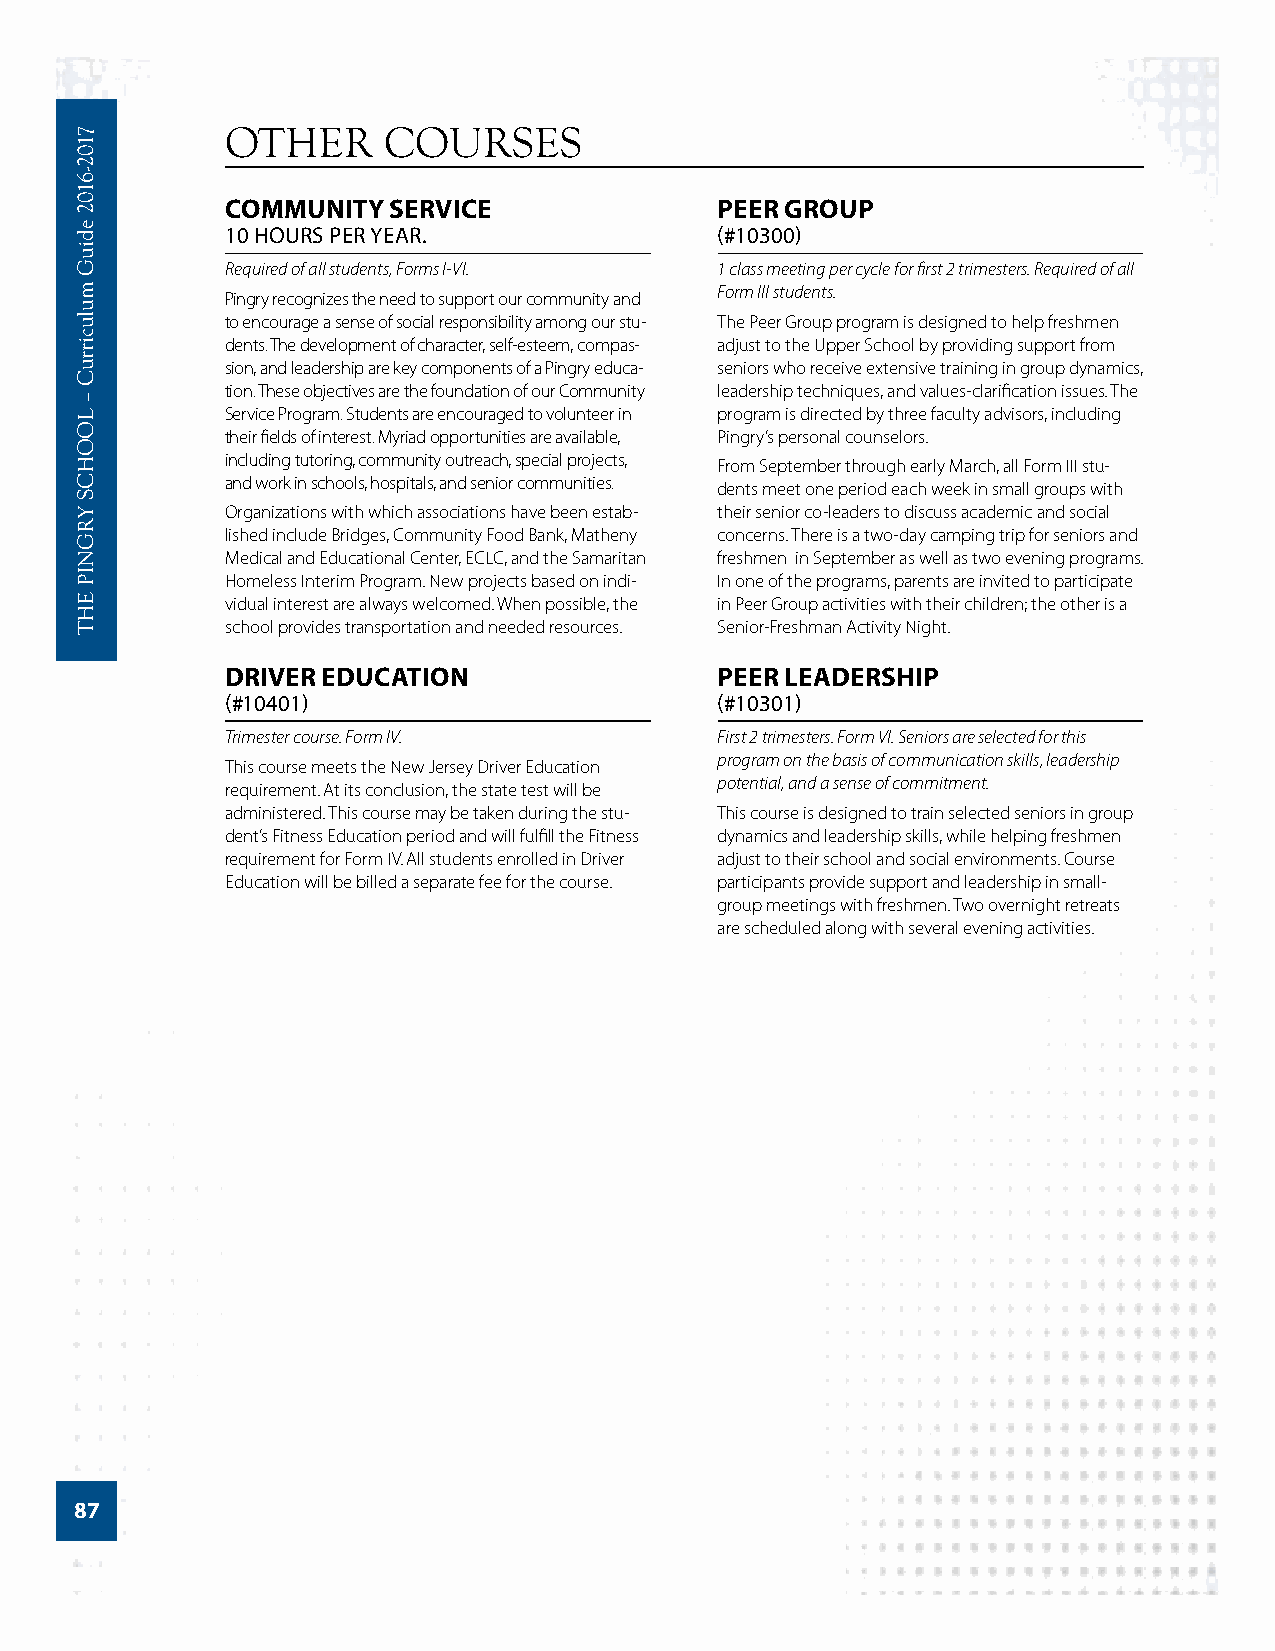
OTHER     COURSES
 COMMUNITY  SERVICE               PEER GROUP
 10 HOURS PER YEAR.              (#10300)
 Required of all students, Forms I-VI. 1 class meeting per cycle for first 2 trimesters. Required of all
 Form III students.
 Pingry recognizes the need to support our community and
 to encourage a sense of social responsibility among our stu- The Peer Group program is designed to help freshmen
 dents. The development of character, self-esteem, compas- adjust to the Upper School by providing support from
 sion, and leadership are key components of a Pingry educa- seniors who receive extensive training in group dynamics,
 tion. These objectives are the foundation of our Community leadership techniques, and values-clarification issues. The
 Service Program. Students are encouraged to volunteer in program is directed by three faculty advisors, including
 their fields of interest. Myriad opportunities are available, Pingry’s personal counselors.
 including tutoring, community outreach, special projects,
 From September through early March, all Form III stu-
 and work in schools, hospitals, and senior communities.
 dents meet one period each week in small groups with
 Organizations with which associations have been estab- their senior co-leaders to discuss academic and social
 lished include Bridges, Community Food Bank, Matheny concerns. There is a two-day camping trip for seniors and
 Medical and Educational Center, ECLC, and the Samaritan freshmen in September as well as two evening programs.
 Homeless Interim Program. New projects based on indi- In one of the programs, parents are invited to participate
 vidual interest are always welcomed. When possible, the in Peer Group activities with their children; the other is a
 school provides transportation and needed resources. Senior-Freshman Activity Night.
 DRIVER EDUCATION                 PEER LEADERSHIP
 (#10401)                        (#10301)
 Trimester course. Form IV.      First 2 trimesters. Form VI. Seniors are selected for this
 program on the basis of communication skills, leadership
 This course meets the New Jersey Driver Education
 potential, and a sense of commitment.
 requirement. At its conclusion, the state test will be
 administered. This course may be taken during the stu- This course is designed to train selected seniors in group
 dent’s Fitness Education period and will fulfill the Fitness dynamics and leadership skills, while helping freshmen
 requirement for Form IV. All students enrolled in Driver adjust to their school and social environments. Course
 Education will be billed a separate fee for the course. participants provide support and leadership in small-
 group meetings with freshmen. Two overnight retreats
 are scheduled along with several evening activities.
 87
 7102-­6102
 ediuG
 mulucirruC
 –
 LOOHCS
 YRGNIP
 EHT